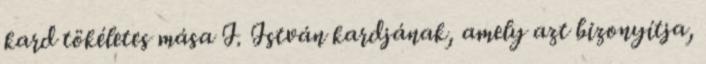
kard tökéletes mása I. István kardjának, amely azt bizonyítja,